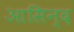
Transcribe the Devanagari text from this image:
आसिन्‍द